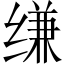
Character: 缣